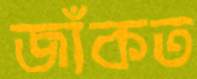
জাঁকত